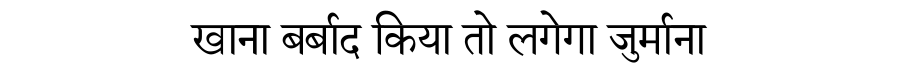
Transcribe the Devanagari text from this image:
खाना बर्बाद किया तो लगेगा जुर्माना